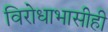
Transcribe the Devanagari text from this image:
विरोधाभासीही